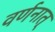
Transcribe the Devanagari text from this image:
वर्णनात्